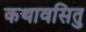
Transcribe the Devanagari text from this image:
कथावसितु